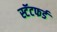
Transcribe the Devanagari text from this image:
स्टॅटफर्ड